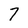
Character: 7